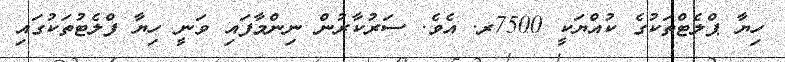
ހިޔާ ޕްލެޓްތަކުގެ ކުއްޔަކީ 7500ރ. އެވެ. ސަރުކާރުން ނިންމާފައި ވަނީ ހިޔާ ފްލެޓުތަކުގައި